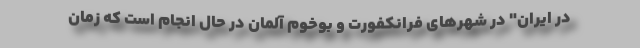
در ایران" در شهر‌های فرانکفورت و بوخوم آلمان در حال انجام است که زمان